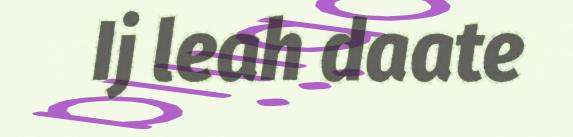
Ij leah daate